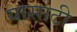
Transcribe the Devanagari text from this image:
यासाटी